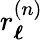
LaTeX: r_{\boldsymbol{\ell}}^{(n)}